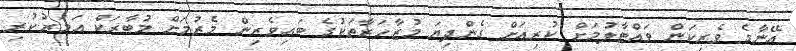
އޭނާގެ ވެރިކަން ވައްޓާލުމަށް ކުރިއަށް ގެންދިޔަ މުޒާހަރާތަކުގެ ބައިވެރިން މެރުމަށް މުބާރަކް އަމަރުކުރި